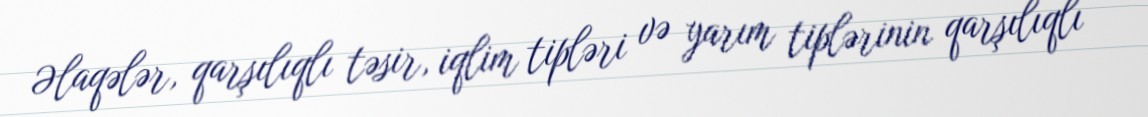
Əlaqələr, qarşılıqlı təsir, iqlim tipləri və yarım tiplərinin qarşılıqlı